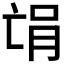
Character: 𫡻